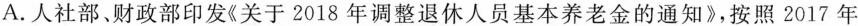
A.人社部、财政部印发《关于2018年调整退休人员基本养老金的通知》，按照2017年